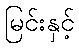
မြင်းနှင့်